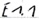
Text: E1.1